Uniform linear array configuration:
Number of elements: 48
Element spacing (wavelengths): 0.5
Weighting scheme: binomial
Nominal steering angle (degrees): -45
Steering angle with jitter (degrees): -44.949
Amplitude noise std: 0.05
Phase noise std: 0.05

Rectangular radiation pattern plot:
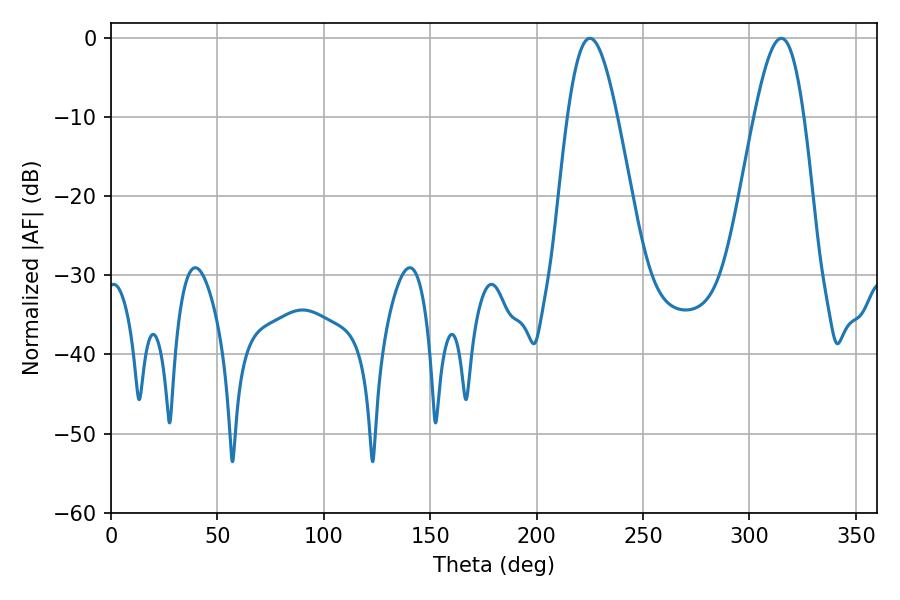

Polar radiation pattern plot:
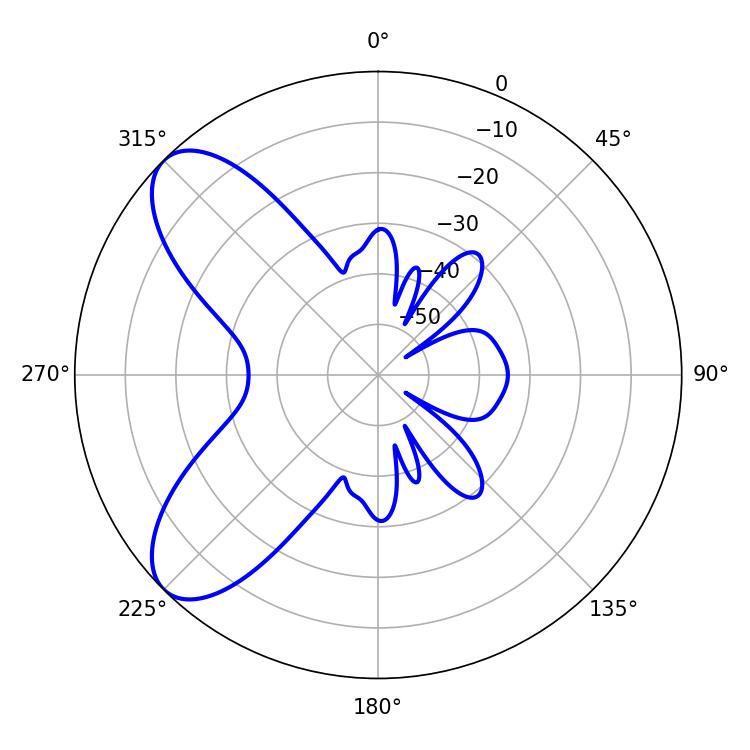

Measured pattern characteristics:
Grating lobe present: FALSE
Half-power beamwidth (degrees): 12.6
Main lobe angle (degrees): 225